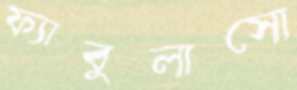
ফ্যাবুলাসো